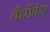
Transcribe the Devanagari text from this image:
कैरोपेस